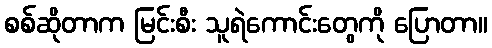
စစ်ဆိုတာက မြင်းစီး သူရဲကောင်းတွေကို ပြောတာ။